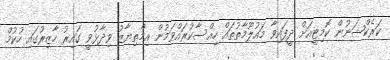
ކަރެކްޝަނުން ކޮމިޓީއަށް ދީފައިވާ މައުލޫމާތުތައް ހިއްސާކުރައްވަމުން އިމްތިޔާޒު ވިދާޅުވީ ގައިރު ހާޒިރުގައި ހުކުމް